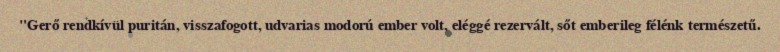
"Gerő rendkívül puritán, visszafogott, udvarias modorú ember volt, eléggé rezervált, sőt emberileg félénk természetű.